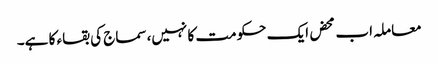
معاملہ اب محض ایک حکومت کا نہیں،سماج کی بقاء کا ہے۔